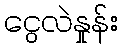
ငွေလဲနှုန်း